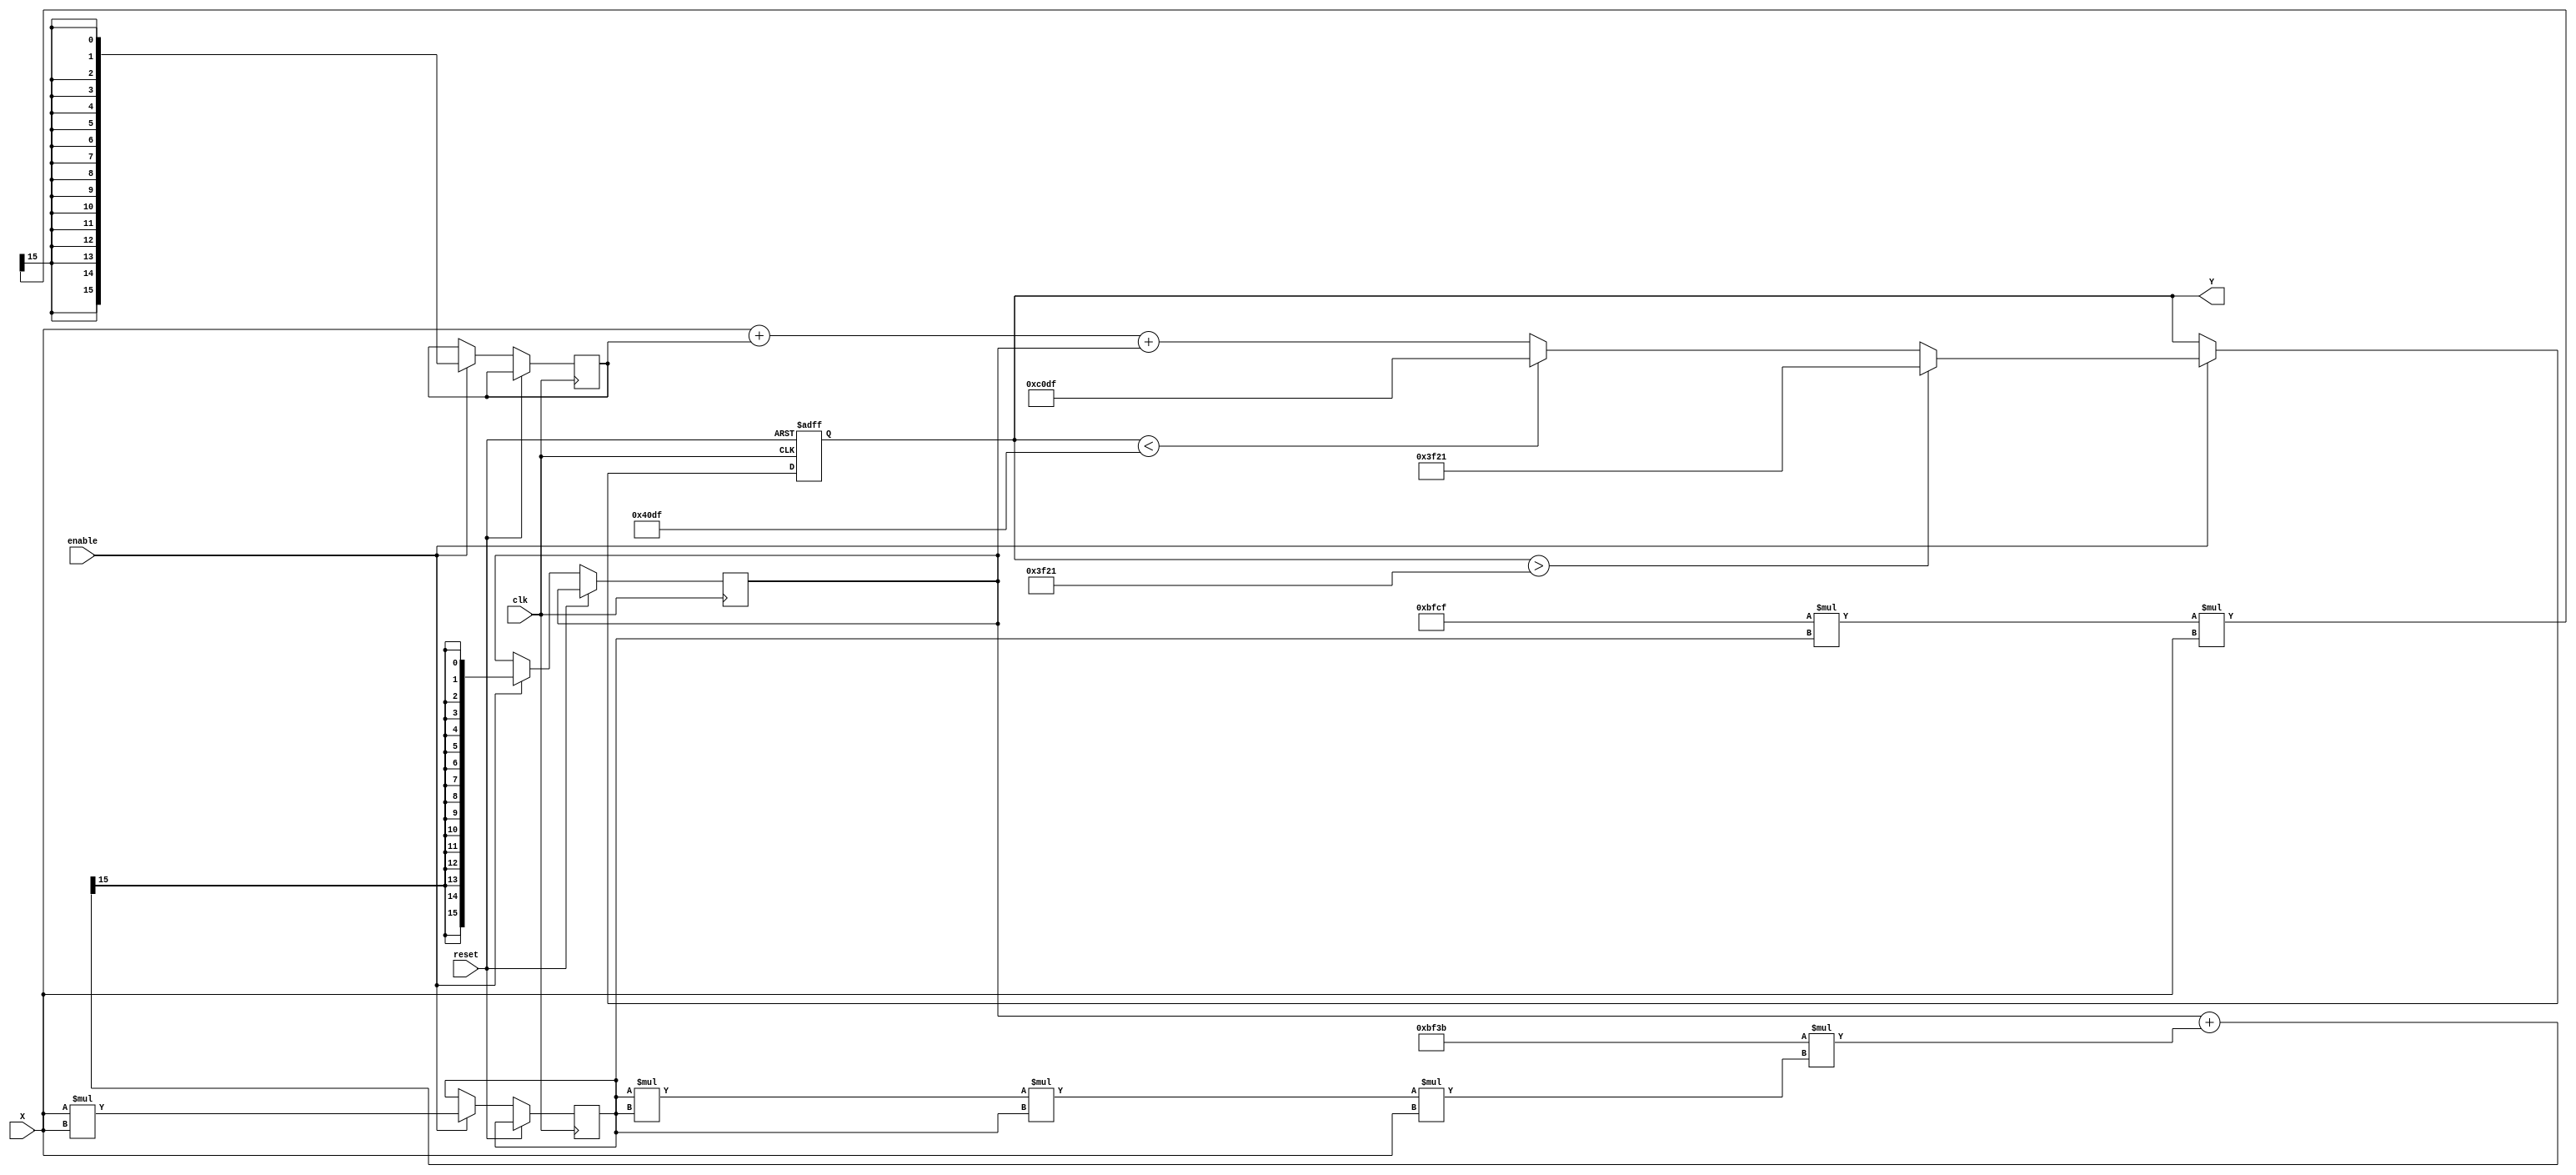
module atan_block (
    input wire clk,
    input wire reset,
    input wire enable,
    input wire signed [15:0] X, // Input value (fixed point representation)
    output reg signed [15:0] Y // Output value (fixed point representation)
);

// Define constants for the output range (-/2 to /2)
localparam signed [15:0] PI_2 = 16'h3F21; // Approximation of /2 in fixed-point
localparam signed [15:0] NEG_PI_2 = 16'hC0DF; // Approximation of -/2 in fixed-point

// Simple polynomial approximation coefficients for atan(x)
localparam signed [15:0] C1 = 16'h3E2D; // 1.0 (fixed-point)
localparam signed [15:0] C2 = 16'hBFCF; // -1/3 (fixed-point)
localparam signed [15:0] C3 = 16'h3E05; // 1/5 (fixed-point)
localparam signed [15:0] C4 = 16'hBF3B; // -1/7 (fixed-point)

// Internal signals
reg signed [15:0] temp;
reg signed [15:0] x_square;
reg signed [15:0] approx;
reg done;

// State machine for enabling computation
always @(posedge clk or posedge reset) begin
    if (reset) begin
        Y <= 16'd0;
        done <= 1'b0;
    end else if (enable) begin
        // Compute x^2
        x_square <= X * X;
        
        // Polynomial approximation: atan(x) = x + (-1/3)x^3 + (1/5)x^5 + (-1/7)x^7
        temp <= (C2 * x_square * X) >>> 15; // Scale for the fixed point
        approx <= (C3 * (x_square * x_square * X)) >>> 15; // x^5 term
        approx <= approx + (C4 * (x_square * x_square * x_square * X)) >>> 15; // x^7 term
        Y <= X + temp + approx; // Final approximation
        
        // Saturation Logic
        if (Y > PI_2) begin
            Y <= PI_2;
        end else if (Y < NEG_PI_2) begin
            Y <= NEG_PI_2;
        end
        done <= 1'b1;
    end
end

endmodule